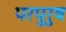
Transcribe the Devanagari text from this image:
परपुरुष